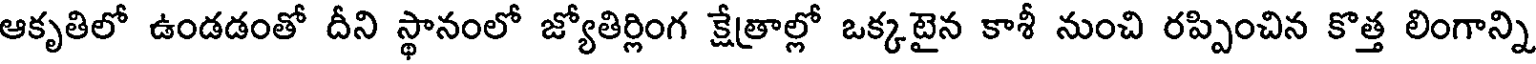
ఆకృతిలో ఉండడంతో దీని స్థానంలో జ్యోతిర్లింగ క్షేత్రాల్లో ఒక్కటైన కాశీ నుంచి రప్పించిన కొత్త లింగాన్ని